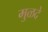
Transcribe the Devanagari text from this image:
मुळदे